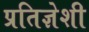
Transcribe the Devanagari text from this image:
प्रतिज्ञेशी